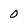
Character: 0